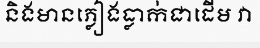
និងមានភ្លៀងធ្លាក់ជាដើម វា